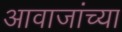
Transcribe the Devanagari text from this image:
आवाजांच्या